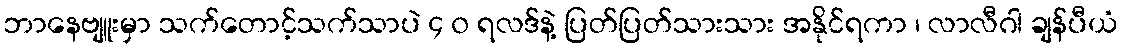
ဘာနေဗျူးမှာ သက်တောင့်သက်သာပဲ ၄ ၀ ရလဒ်နဲ့ ပြတ်ပြတ်သားသား အနိုင်ရကာ ၊ လာလီဂါ ချန်ပီယံ